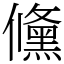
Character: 儵